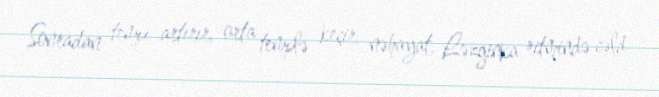
Sonradan tempı artırır, orta templə keçir, nəhayat, Ləzginka ritmində cəld